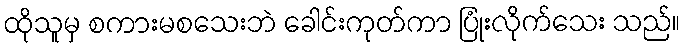
ထိုသူမှ စကားမစသေးဘဲ ခေါင်းကုတ်ကာ ပြုံးလိုက်သေး သည်။